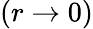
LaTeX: (r\rightarrow 0)